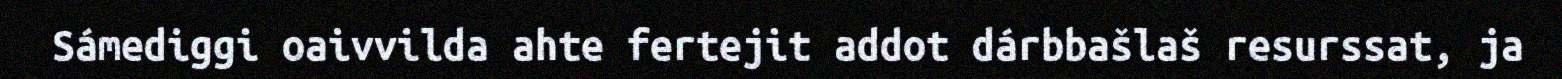
Sámediggi oaivvilda ahte fertejit addot dárbbašlaš resurssat, ja